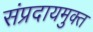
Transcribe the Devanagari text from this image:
संप्रदायमुक्त